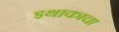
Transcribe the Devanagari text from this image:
इथाकाचा